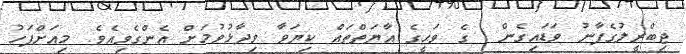
ޖިބްރީލުގެފާނު ވަޑައިގެން  ގެ ވަޙީގެ އާޔަތްތައް ކިޔަވާ ވިދާޅުވުމަށް އެންގެވިއެވެ. މިއަށްފަހު